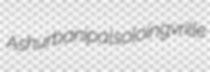
Ashurbanipal soloing vrille